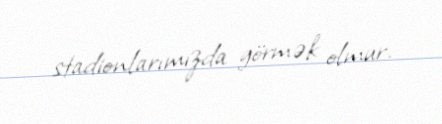
stadionlarımızda görmək olmur.